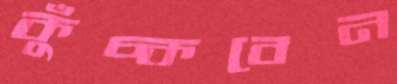
কুঁচ্‌কবেন